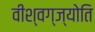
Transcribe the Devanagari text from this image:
वीश्वग्ज्योति